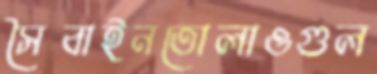
সৈবাইনতোলাওগুল